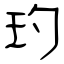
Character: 玓